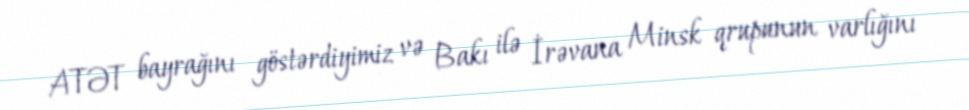
ATƏT bayrağını göstərdiyimiz və Bakı ilə İrəvana Minsk qrupunun varlığını